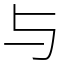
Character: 与